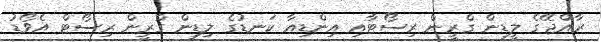
ރާއްޖޭގެ ލީޑިން ގްރީން ރިސޯޓާއި އިންޑިއާ ކަނޑުގެ ލިޑިން ގްރީން ރިސޯޓް އެވޯޑު